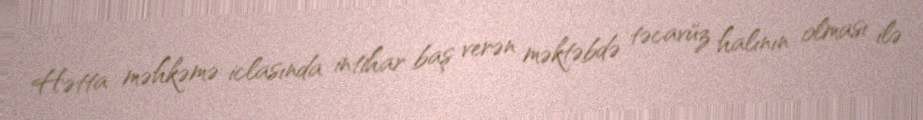
Hətta məhkəmə iclasında intihar baş verən məktəbdə təcavüz halının olması ilə